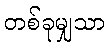
တစ်ခုမျှသာ